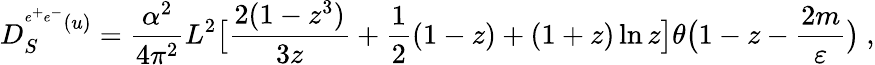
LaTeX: D_{S}^{^{e^{+}e^{-}}(u)}=\frac{\alpha^{2}}{4\pi^{2}}L^{2}\bigl[\frac{2(1-z^{3})}{3z}+\frac{1}{2}(1-z)+(1+z)\ln{z}\bigr]\theta\bigl(1-z-\frac{2m}{\varepsilon}\bigr)\ ,